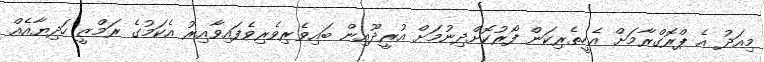
މިއަދު އެ ޕްރޮގްރާމަށް އެހީތެރިކަން ފޯރުކޮށްދިނުމަށް އުރީދޫއިން ބައިވެރިވެރިވެފައިވާއިރު އެކަމުގެ ރަމްޒީ ހަދިޔާއެއް